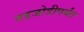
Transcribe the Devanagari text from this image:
तडजोडीपर्यंत